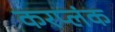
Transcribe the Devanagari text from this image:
करप्लंक